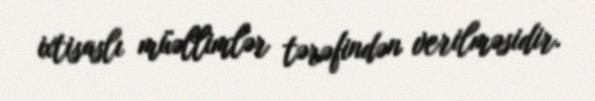
ixtisaslı müəllimlər tərəfindən verilməsidir.